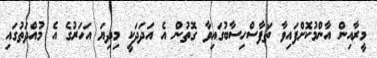
މީރާއިން އާންމުކޮށްފައިވާ ތަފާސްހިސާބުގައިވާ ގޮތުން އެ އަދަދަކީ މިދިޔަ އަހަރުގެ އެ މުއްދަތުގައި